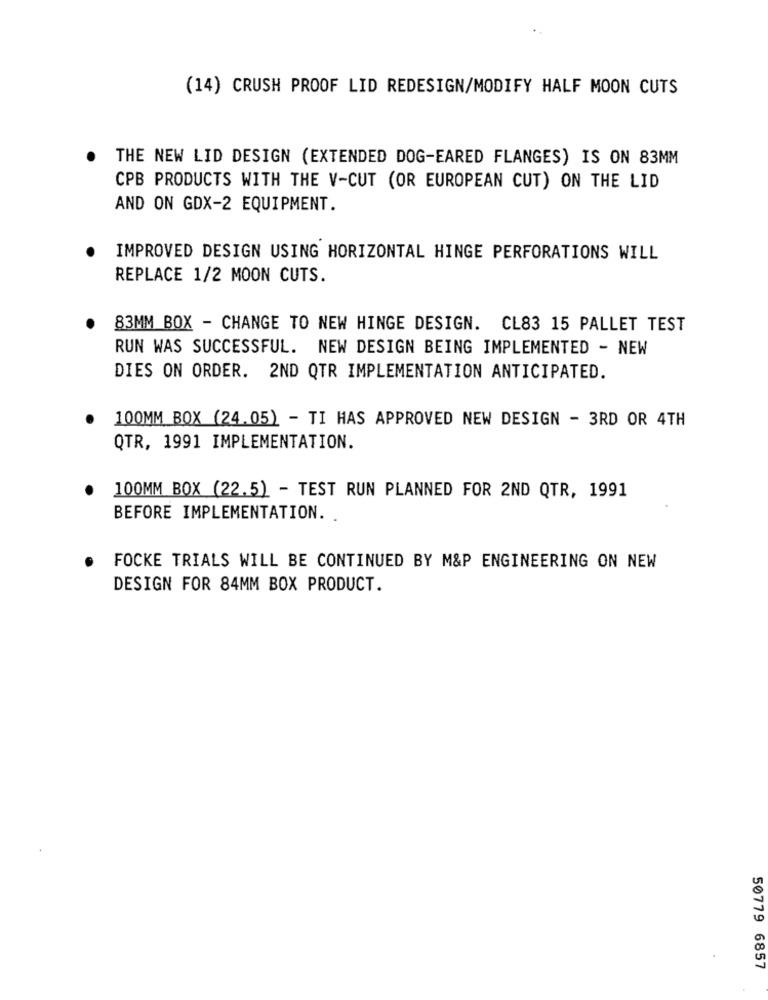
(14) CRUSH PROOF LID REDESIGN/MODIFY HALF MOON CUTS
THE NEW LID DESIGN (EXTENDED DOG-EARED FLANGES) IS ON 83MM
CPB PRODUCTS WITH THE V-CUT (OR EUROPEAN CUT) ON THE LID
AND ON GDX-2 EQUIPMENT.
IMPROVED DESIGN USING HORIZONTAL HINGE PERFORATIONS WILL
REPLACE 1/2 MOON CUTS.
83MM BOX - CHANGE TO NEW HINGE DESIGN. CL83 15 PALLET TEST
RUN WAS SUCCESSFUL. NEW DESIGN BEING IMPLEMENTED - NEW
DIES ON ORDER. 2ND QTR IMPLEMENTATION ANTICIPATED.
100MM BOX (24.05) - TI HAS APPROVED NEW DESIGN - 3RD OR 4TH
QTR, 1991 IMPLEMENTATION.
100MM BOX (22.5) - TEST RUN PLANNED FOR 2ND QTR, 1991
BEFORE IMPLEMENTATION.
FOCKE TRIALS WILL BE CONTINUED BY M&P ENGINEERING ON NEW
DESIGN FOR 84MM BOX PRODUCT.
50779 6857